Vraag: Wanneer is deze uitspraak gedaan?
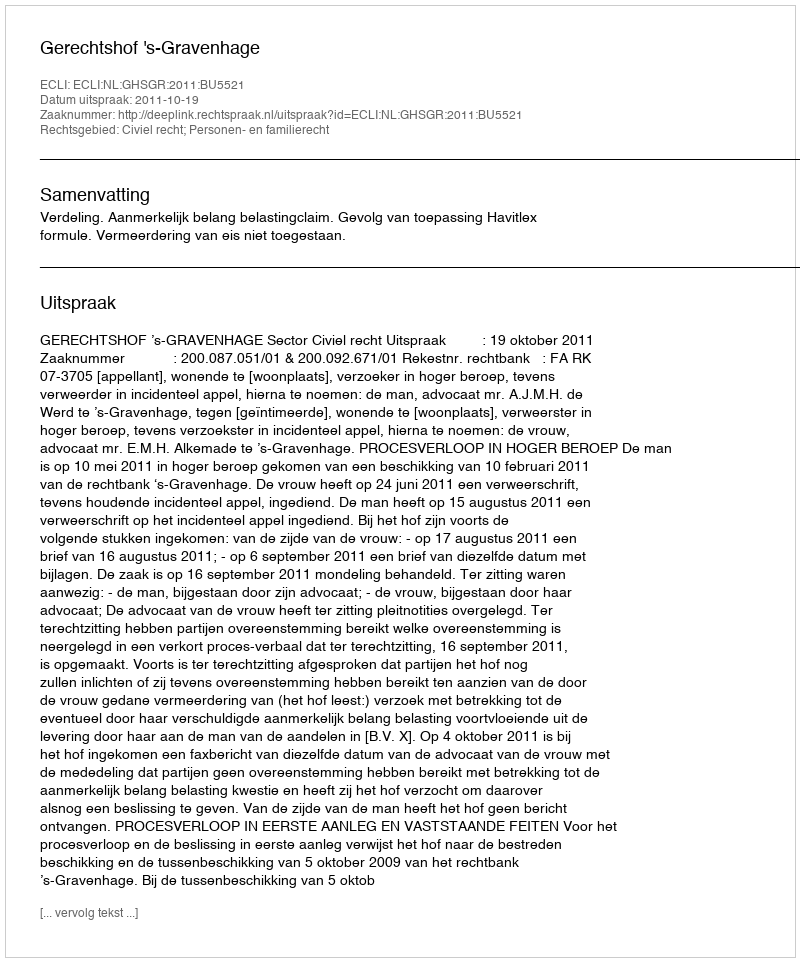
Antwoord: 2011-10-19